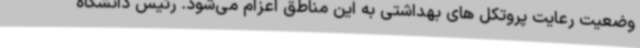
وضعیت رعایت پروتکل های بهداشتی به این مناطق اعزام می‌شود. رئیس دانشگاه